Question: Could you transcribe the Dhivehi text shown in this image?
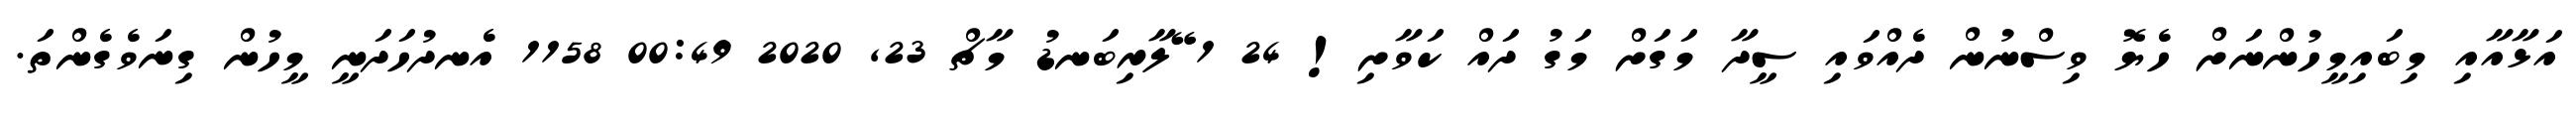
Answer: އަޅާއާއި މިބައިމީހުންނަށް ހެޔޮ ވިސްނުން ދެއްވައި ސީދާ މަގަށް މަގު ދައް ކަވާށި! 24 1 ޭލާރިބަނޑު މާޗް 23, 2020 00:49 1158 އެނދުހަދަނީ މީހުން ގިނަވެގެންތަ.